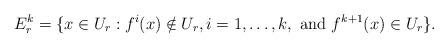
LaTeX: \begin{align*}E^k_r = \{ x \in U_r : f^i(x) \notin U_r, i = 1, \ldots, k, \mbox{ and } f^{k+1}(x) \in U_r \}.\end{align*}